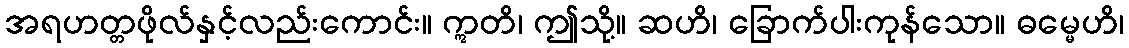
အရဟတ္တဖိုလ်နှင့်လည်းကောင်း။ ဣတိ၊ ဤသို့။ ဆဟိ၊ ခြောက်ပါးကုန်သော။ ဓမ္မေဟိ၊